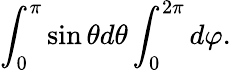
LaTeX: \int_{0}^{\pi}\sin\theta d\theta\int_{0}^{2\pi}d\varphi.